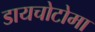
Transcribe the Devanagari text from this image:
डायचोटोमा